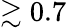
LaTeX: \gtrsim 0.7